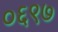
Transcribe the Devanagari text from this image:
०६९७